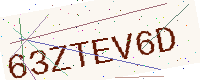
Text: 63ZTEV6D